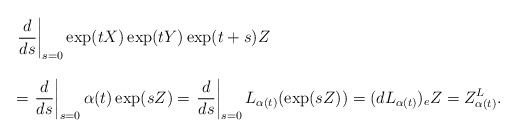
\begin{align*} \begin{array}{lll} &&\displaystyle{\left.\frac{d}{ds}\right|_{s=0}\exp (tX) \exp (tY) \exp(t+s)Z}\ \\\\&&=\displaystyle{\left.\frac{d}{ds}\right|_{s=0}\alpha(t)\exp (sZ)} = \displaystyle{\left.\frac{d}{ds}\right|_{s=0}L_{\alpha(t)}(\exp (sZ))}= (dL_{\alpha(t)})_eZ=Z^L_{\alpha(t)}.\end{array}\end{align*}